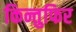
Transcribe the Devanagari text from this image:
किन्तुफिर